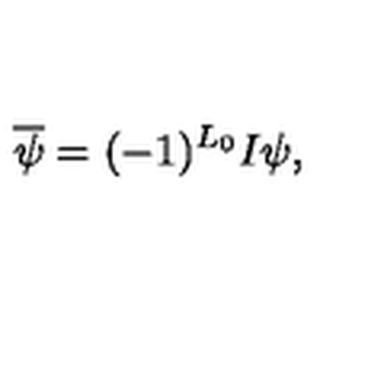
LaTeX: \overline { \psi } = ( - 1 ) ^ { L _ { 0 } } I \psi ,